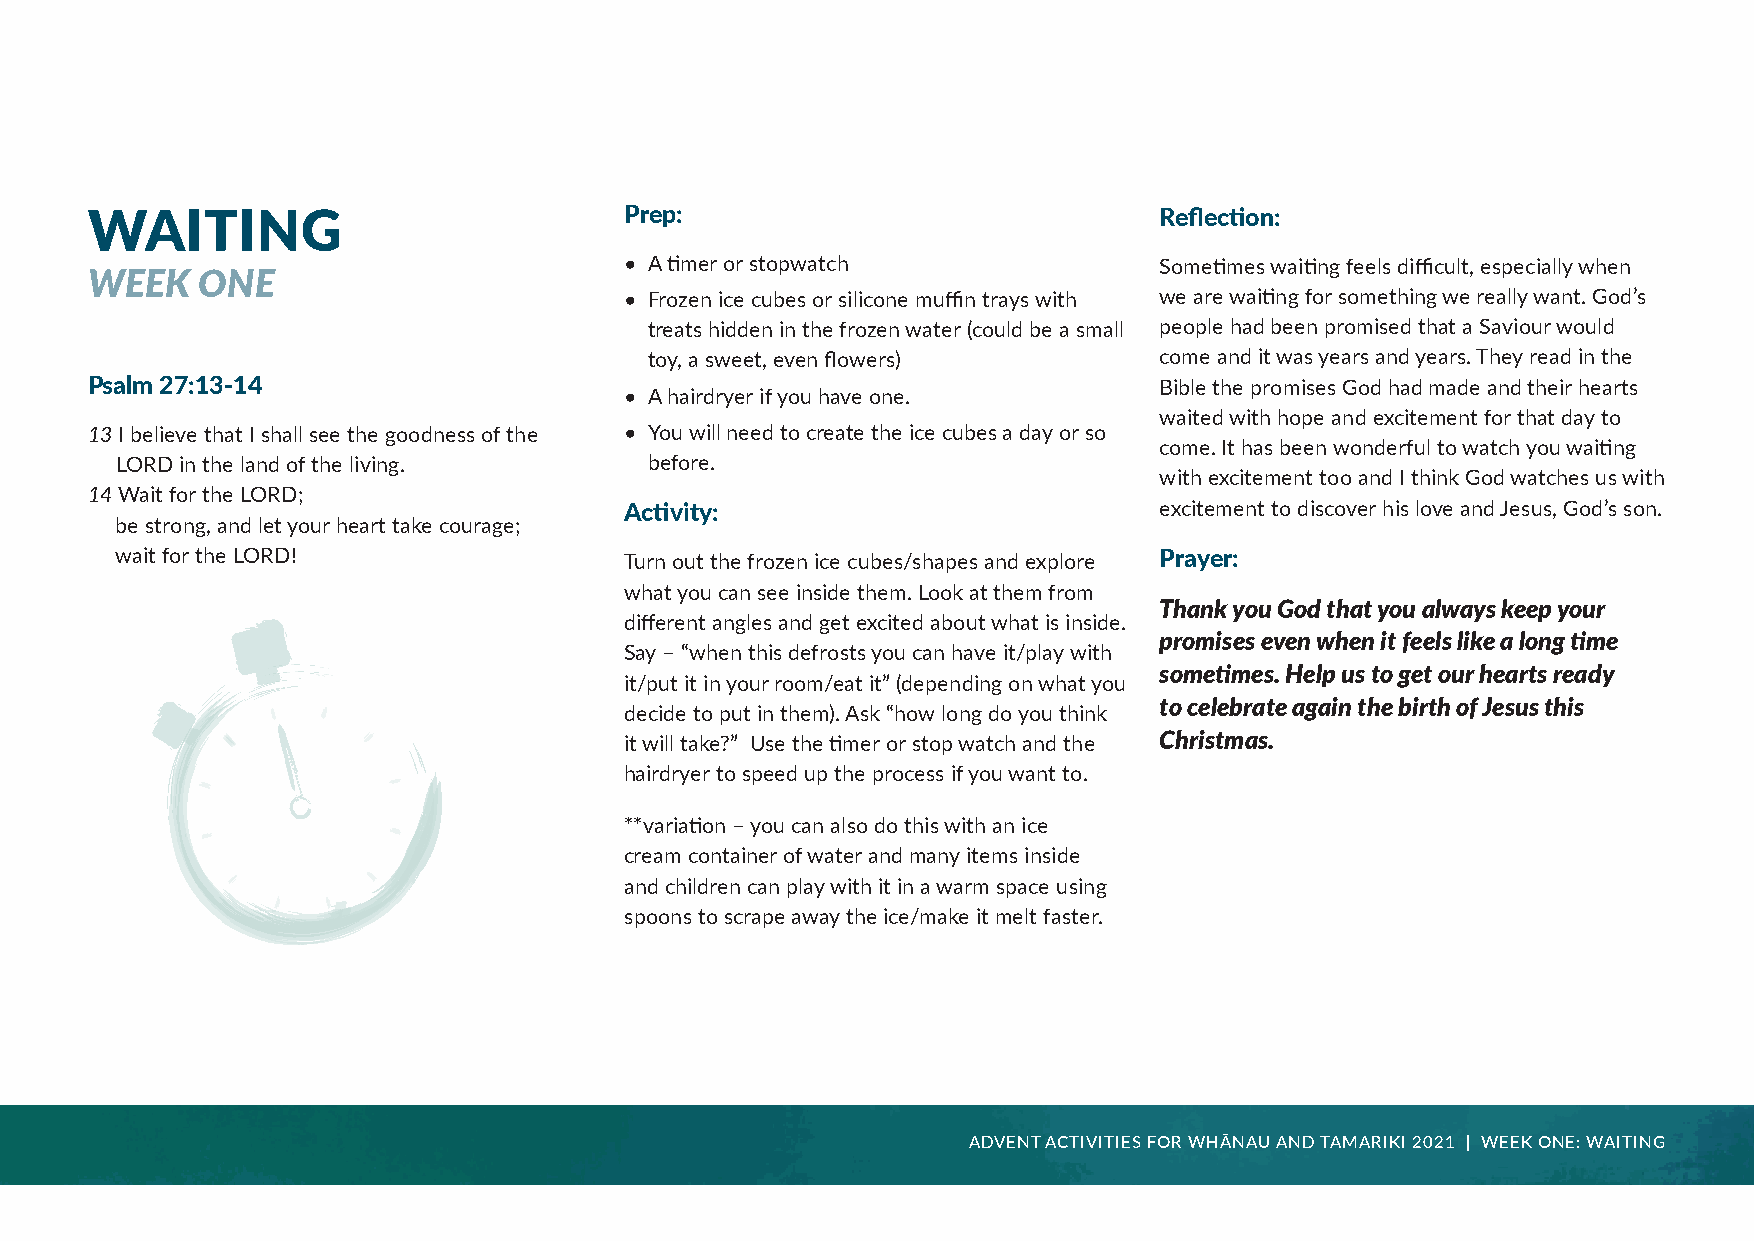
WAITING                            Prep:                               Reflection:
 • A timer or stopwatch              Sometimes waiting feels difficult, especially when
 WEEK   ONE
 • Frozen ice cubes or silicone muffin trays with we are waiting for something we really want. God’s
 treats hidden in the frozen water (could be a small people had been promised that a Saviour would
 toy, a sweet, even flowers)       come and it was years and years. They read in the
 Psalm 27:13-14                                                         Bible the promises God had made and their hearts
 • A hairdryer if you have one.
 waited with hope and excitement for that day to
 13 I believe that I shall see the goodness of the • You will need to create the ice cubes a day or so
 come. It has been wonderful to watch you waiting
 LORD in the land of the living.    before.
 with excitement too and I think God watches us with
 14 Wait for the LORD;
 Activity:                           excitement to discover his love and Jesus, God’s son.
 be strong, and let your heart take courage;
 wait for the LORD!               Turn out the frozen ice cubes/shapes and explore Prayer:
 what you can see inside them. Look at them from
 Thank you God that you always keep your
 different angles and get excited about what is inside.
 promises even when it feels like a long time
 Say – “when this defrosts you can have it/play with
 sometimes. Help us to get our hearts ready
 it/put it in your room/eat it” (depending on what you
 to celebrate again the birth of Jesus this
 decide to put in them). Ask “how long do you think
 it will take?” Use the timer or stop watch and the Christmas.
 hairdryer to speed up the process if you want to.
 **variation – you can also do this with an ice
 cream container of water and many items inside
 and children can play with it in a warm space using
 spoons to scrape away the ice/make it melt faster.
 ADVENT ACTIVITIES FOR WHĀNAU AND TAMARIKI 2021 | WEEK ONE: WAITING